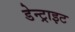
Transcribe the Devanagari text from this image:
डेन्ट्राइट